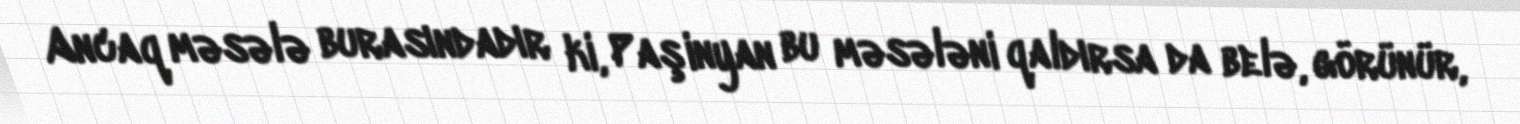
Ancaq məsələ burasındadır ki, Paşinyan bu məsələni qaldırsa da belə, görünür,